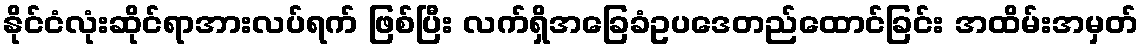
နိုင်ငံလုံးဆိုင်ရာအားလပ်ရက် ဖြစ်ပြီး လက်ရှိအခြေခံဥပဒေတည်ထောင်ခြင်း အထိမ်းအမှတ်